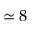
\simeq 8